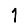
Digit: 1